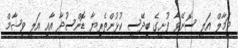
ޖަމާލް އަލީ ސޮނޭވާ ފުށީގެ ބިދޭސީ ކުޅުންތެރިޔާ ޑޮންސުދާ އާއި އަލީ ވިޝާމް